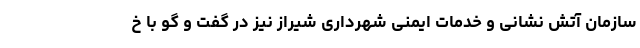
سازمان آتش نشانی و خدمات ایمنی شهرداری شیراز نیز در گفت و گو با خ